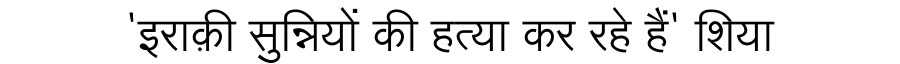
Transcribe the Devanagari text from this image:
'इराक़ी सुन्नियों की हत्या कर रहे हैं' शिया